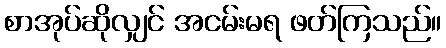
စာအုပ်ဆိုလျှင် အငမ်းမရ ဖတ်ကြသည်။